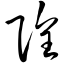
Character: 隍